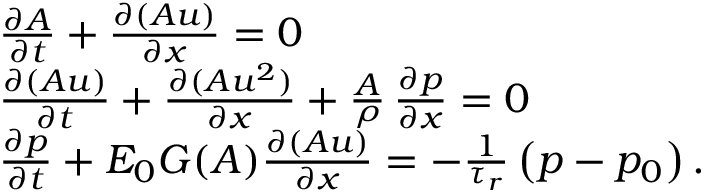
\begin{array} { r l } & { \frac { \partial A } { \partial t } + \frac { \partial ( A u ) } { \partial x } = 0 } \\ & { \frac { \partial ( A u ) } { \partial t } + \frac { \partial ( A u ^ { 2 } ) } { \partial x } + \frac { A } { \rho } \, \frac { \partial p } { \partial x } = 0 } \\ & { \frac { \partial p } { \partial t } + E _ { 0 } G ( A ) \frac { \partial ( A u ) } { \partial x } = - \frac { 1 } { \tau _ { r } } \left( p - p _ { 0 } \right) . } \end{array}